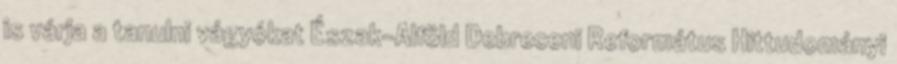
is várja a tanulni vágyókat Észak-Alföld Debreceni Református Hittudományi